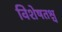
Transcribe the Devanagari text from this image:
विशेषतश्च